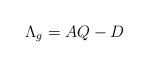
LaTeX: \begin{align*} \Lambda_{g} = AQ-D \end{align*}